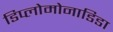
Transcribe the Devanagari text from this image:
डिप्लोमोनाडिडा